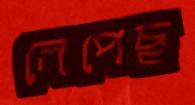
লেপেছ